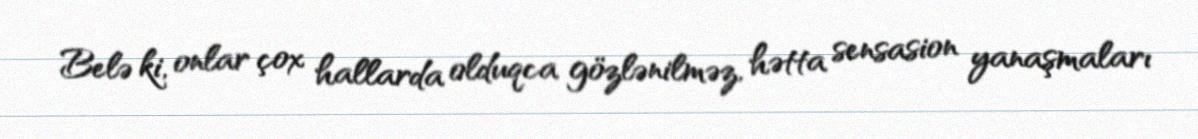
Belə ki, onlar çox hallarda olduqca gözlənilməz, hətta sensasion yanaşmaları